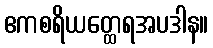
ဧကစရိယတ္ထေရအပဒါန။